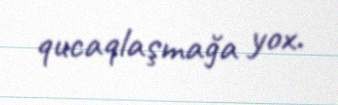
qucaqlaşmağa yox.